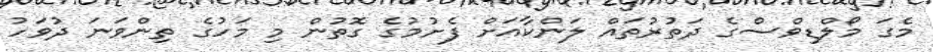
މެގަ މޯލްޑިވްސްގެ ދަތުރުތައް ލަންކާއަށް ފެށުމުގެ ގޮތުން މި މަހުގެ ތިންވަނަ ދުވަހު